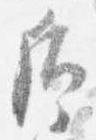
后